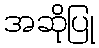
အဆိုပြု